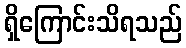
ရှိကြောင်းသိရသည်